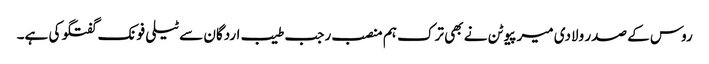
روس کے صدر ولادی میر پیوٹن نے بھی ترک ہم منصب رجب طیب اردگان سے ٹیلی فونک گفتگو کی ہے۔